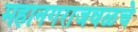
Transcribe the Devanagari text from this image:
महानगराजवळचे